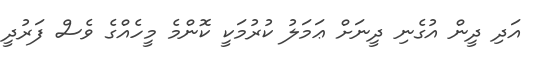
އަދި ދީން އުގެނި ދީނަށް ޢަމަލު ކުރުމަކީ ކޮންމެ މީހެއްގެ ވެސް ފަރުދީ